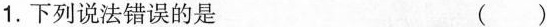
1.下列说法错误的是( )